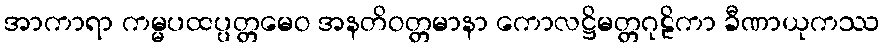
အာကာရာ ကမ္မပထပ္ပတ္တမေဝ အနတိဝတ္တမာနာ ကောလဋ္ဌိမတ္တဂုဠိကာ ခီဏာယုကဿ